Report on the cultivation and use of ganja
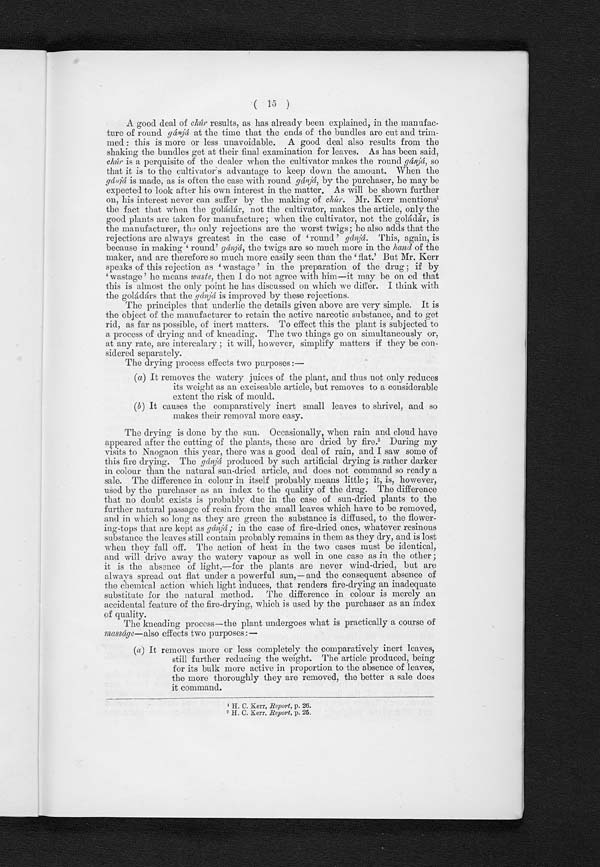
(15
)
A good deal of chúr results, as has already been explained, in the manufac-
ture of round gánjá at the time that the ends of the bundles are cut and trim-
med:this is more or less unavoidable. A good deal also results from the
shaking the bundles get at their final examination for leaves.As has been said,
c h
ù r
.
i s a p e r q u i s i t e o f t h e d e a l e r w h e n t h e c u l t i v a t o r m a k e s t h e r o u n d g á n j á
,s
o
that it is to the cultivator's advantage to keep clown the amount. When the
gánjá, is made, as is often the case with round gánjá , by the purchaser, he may be
expected to look after his own interest in the matter. As will be shown further
on, his interest never can suffer by the making of chùr. Mr.Kerr mentions1
the fact that when the golàdàr, not the cultivator, makes the article, only the
good plants are taken for manufacture; when the cultivator, not the golàdàr, is
the manufacturer,the only rejections are the worst twigs;he also adds that the
rejections are always greatest in the case of round' gànjà. This, again, is
because in making round'gànjà , the twigs are so much more in. the hand of the
maker, and are therefore so much more easily seen than the flat.'But Mr. Kerr
speaks of this rejection wastage 'in the preparation of the drug ; if by
wastage 'he means waste, then I do not agree with him—it may be on ed that
this is almost the only point he has discussed on which we differ. I think with
the goládàrs that the gànjà is improved by these rejections.
The principles that underlie the details given above are very simple. It is
the object of the manufacturer to retain the active narcotic substance, and to get
rid, as far as possible, of inert matters. To effect this the plant is subjected to
a process of drying and of kneading. The two things go on simultaneously or,
at any rate, are intercalary;it will,however,simplify matters if they be con-
sidered separately.
The drying process effects two purposes :—
(a) It removes the watery juices of the plant, and thus not only reduces
its weight as an exciseable article, but removes to a considerable
extent the risk of mould.
(b) It causes the comparatively inert small leaves to shrivel, and so
makes their removal more easy.
The drying is done by the sun. Occasionally, when rain and cloud have
appeared after the cutting of the plants, these are dried by fire. 2 During my
visits to Naogaon this year, there was a good deal of rain, and I saw some of
this fire drying. The gànjà produced by such artificial drying is rather darker
in colour than the natural sun-dried article, and does not command so ready a
sale. The difference in colour in itself probably means little0;it, is, however,
used by the purchaser as an index to the quality of the drug. The difference
that no doubt exists is probably clue in the case of sun-dried plants to the
further natural passage of resin from the small leaves which have to be removed,
and in which so long as they are green the substance is diffused, to the flower-
ing-tops that are kept as gànjà; in the case of fire-dried ones, whatever resinous
substance the leaves still contain probably remains in them as they dry, and is lost
-when they fall off. The action of heat in the two cases must be identical,
and will drive away the watery vapour as well in one case as in the other;
it is the absence of light,—for the plants are never wind-dried, but are
always spread out flat under a powerful sun, — and the consequent absence of
the chemical action which light induces, that renders fire-drying an inadequate
substitute for the natural method. The difference in colour is merely an
accidental feature of the fire-drying, which is used by the purchaser as an index
of quality.
The kneading process—the plant undergoes what is practically a course of
masságe—also effects two purposes :—
(a) It removes more or less completely the comparatively inert leaves,
still further reducing the weight. The article produced, being
for its bulk more active in proportion to the absence of leaves,
the more thoroughly they are removed, the better a sale does
it command.
1 H. C. Kerr, Report, p. 26.
2 H. C. Kerr, Report, p.25.